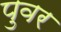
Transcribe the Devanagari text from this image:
पुवर